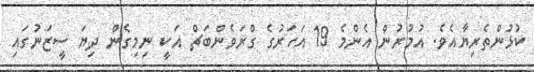
ކުޅުންތެރިޔާއެވެ. އުމުރުން އެންމެ 19 އަހަރުގެ ގްރަވެންބަޗް އަކީ ނިމިގެން ދިޔަ ސީޒަނުގައި